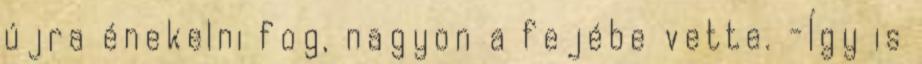
újra énekelni fog, nagyon a fejébe vette. -Így is